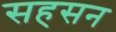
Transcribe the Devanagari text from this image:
सहसन